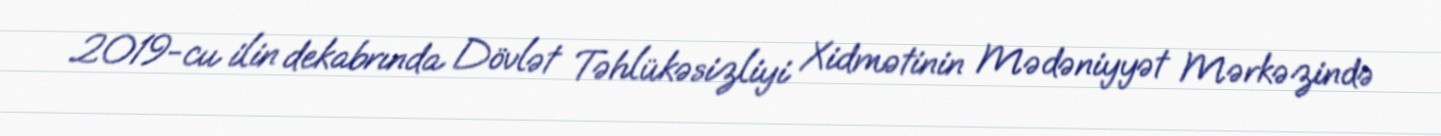
2019-cu ilin dekabrında Dövlət Təhlükəsizliyi Xidmətinin Mədəniyyət Mərkəzində